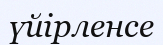
үйірленсе